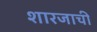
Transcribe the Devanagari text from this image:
शारजाची